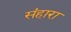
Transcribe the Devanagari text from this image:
संहारा